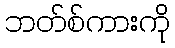
ဘတ်စ်ကားကို